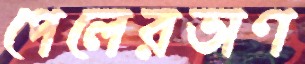
পেলেরতাণ